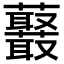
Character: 𧅞